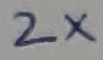
Text: 2X